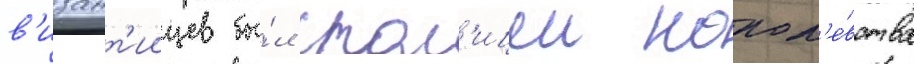
в'изант'иицев бы́л стол'ицеи корол'е́вства